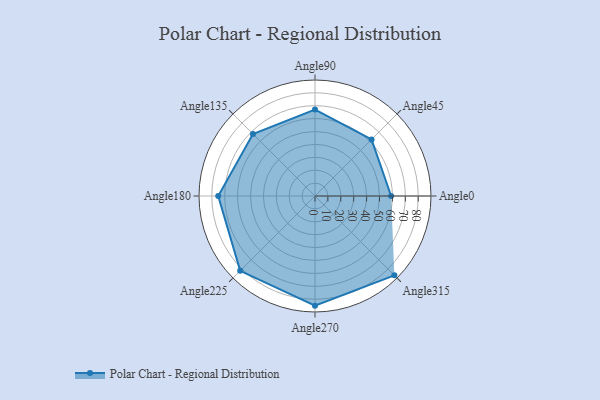
{"axis": {"x": "Angle", "y": "Radius"}, "legend": [""], "data": [{"x": "Angle0", "y": 59.0, "type": ""}, {"x": "Angle45", "y": 62.0, "type": ""}, {"x": "Angle90", "y": 67.0, "type": ""}, {"x": "Angle135", "y": 68.0, "type": ""}, {"x": "Angle180", "y": 75.0, "type": ""}, {"x": "Angle225", "y": 82.0, "type": ""}, {"x": "Angle270", "y": 85.0, "type": ""}, {"x": "Angle315", "y": 87.0, "type": ""}]}